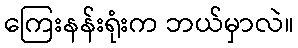
ကြေးနန်းရုံးက ဘယ်မှာလဲ။